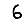
Digit: 6